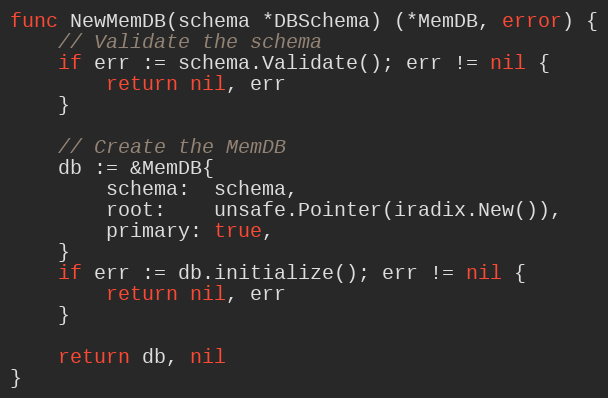
Language: Go
func NewMemDB(schema *DBSchema) (*MemDB, error) {
	// Validate the schema
	if err := schema.Validate(); err != nil {
		return nil, err
	}

	// Create the MemDB
	db := &MemDB{
		schema:  schema,
		root:    unsafe.Pointer(iradix.New()),
		primary: true,
	}
	if err := db.initialize(); err != nil {
		return nil, err
	}

	return db, nil
}